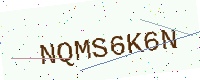
Text: NQMS6K6N